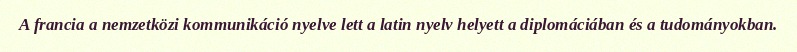
A francia a nemzetközi kommunikáció nyelve lett a latin nyelv helyett a diplomáciában és a tudományokban.